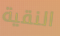
النقية